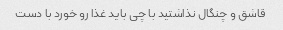
قاشق و چنگال نذاشتید با چی باید غذا رو خورد با دست